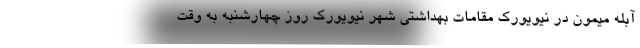
آبله میمون در نیویورک مقامات بهداشتی شهر نیویورک روز چهارشنبه به وقت